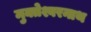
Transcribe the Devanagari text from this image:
मुक्तेश्वरनाथ